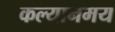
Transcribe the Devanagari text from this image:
कल्यानमय